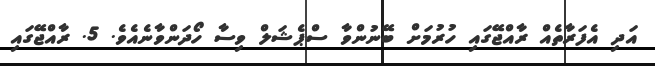
އަދި އެފަރާތެއް ރާއްޖޭގައި ހުރުމަށް ބޭނުންވާ ސްޕެޝަލް ވިސާ ހޯދަންވާނެއެވެ. 5. ރާއްޖޭގައި